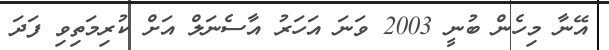
އޭނާ މިހެން ބުނީ 2003 ވަނަ އަހަރު އާސެނަލް އަށް ކުރިމަތިވި ފަދަ